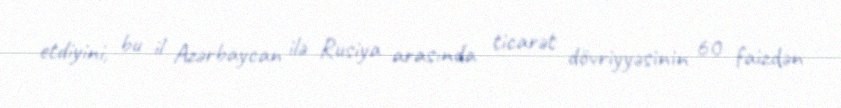
etdiyini, bu il Azərbaycan ilə Rusiya arasında ticarət dövriyyəsinin 60 faizdən